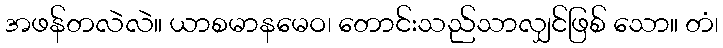
အဖန်တလဲလဲ။ ယာစမာနမေဝ၊ တောင်းသည်သာလျှင်ဖြစ် သော။ တံ၊